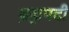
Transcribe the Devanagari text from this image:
ब्रह्मपदी